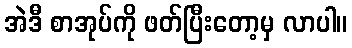
အဲဒီ စာအုပ်ကို ဖတ်ပြီးတော့မှ လာပါ။